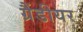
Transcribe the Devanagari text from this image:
ग्रैंडीयर